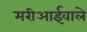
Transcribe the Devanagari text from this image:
मरीआईवाले